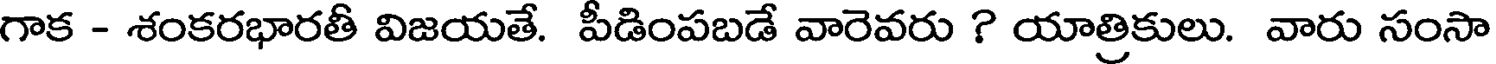
గాక - శంకరభారతీ విజయతే. పీడింపబడే వారెవరు ? యాత్రికులు. వారు సంసా